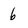
Character: 6